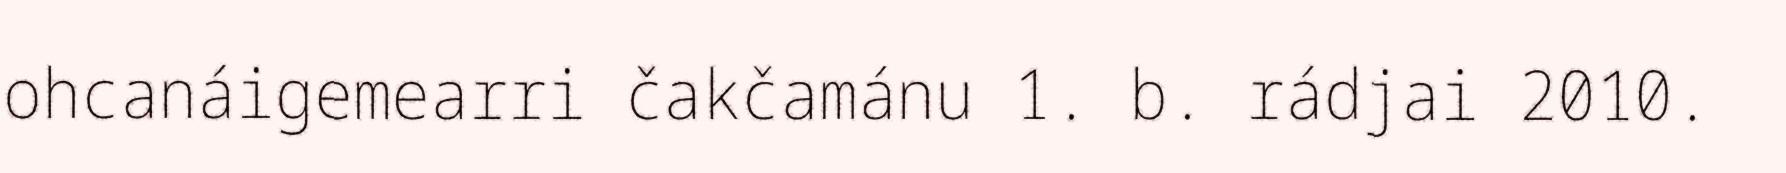
ohcanáigemearri čakčamánu 1. b. rádjai 2010.